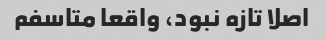
اصلا تازه نبود، واقعا متاسفم